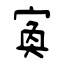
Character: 寏